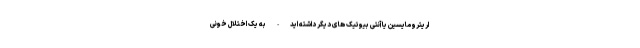
اریترومایسین یا آنتی بیوتیک های دیگر داشته اید - به یک اختلال خونی